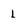
Character: L